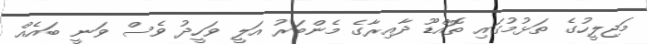
މަޖިލީހުގެ ތަޅުމުގައި ތޮއްޑޫ ދާއިރާގެ މެންބަރު އަލީ ވަހީދު ވެސް ވަނީ ބައެއް